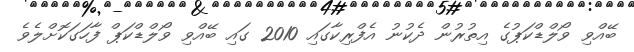
ބޭއްވި ވޯލްޑްކަޕުގެ އިތުރުން ދެކުނު އެފްރިކާގައި 2010 ގައި ބޭއްވި ވޯލްޑްކަޕް ފާހަގަކޮށްލެވެ